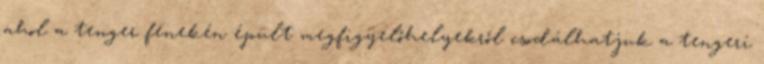
ahol a tenger fenekén épült megfigyelőhelyekről csodálhatjuk a tengeri